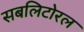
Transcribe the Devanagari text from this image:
सबलिटोरल